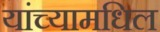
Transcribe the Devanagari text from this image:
यांच्यामधिल